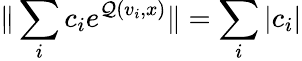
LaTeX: \| \sum_{i}c_{i}e^{\mathcal{Q}(v_{i},x)}\| =\sum_{i}|c_{i}|